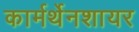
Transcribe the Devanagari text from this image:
कार्मर्थेनशायर